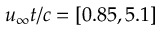
u _ { \infty } t / c = [ 0 . 8 5 , 5 . 1 ]